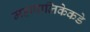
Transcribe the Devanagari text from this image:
महापालिकेकडे